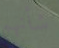
شأنهم